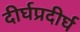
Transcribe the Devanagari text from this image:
दीर्घप्रदीर्घ